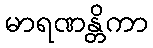
မာရဏန္တိကာ